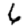
Digit: 6